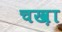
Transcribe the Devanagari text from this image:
चख़ा